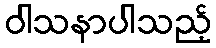
ဝါသနာပါသည့်